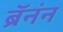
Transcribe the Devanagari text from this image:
ब्रॅनंन